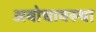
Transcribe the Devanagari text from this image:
अबोधावस्था